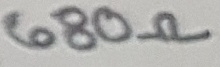
Text: 680Ω